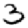
Digit: 3